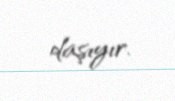
daşıyır.